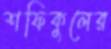
শফিকুলের